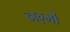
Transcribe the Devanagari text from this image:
नग़्मों